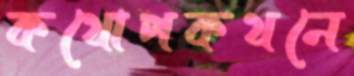
কথোপকথনে